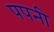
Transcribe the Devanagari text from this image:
पपनी